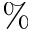
\%